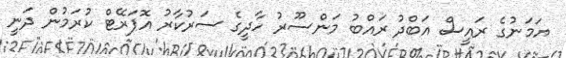
ޔަމަނުގެ ރައީސް އަބްދު ރައްބު މަންސޫރު ހާދީގެ ސަރުކާރު އޮޕަރޭޓް ކުރަމުން ދަނީ